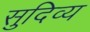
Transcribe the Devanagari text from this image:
सुदिव्य